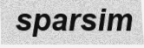
sparsim